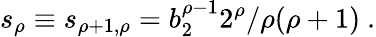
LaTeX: s_{\rho}\equiv s_{\rho+1,\rho}=b_{2}^{\rho-1}2^{\rho}/\rho(\rho+1)\ .